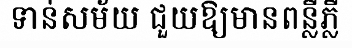
ទាន់សម័យ ជួយឱ្យមានពន្លឺភ្លឺ